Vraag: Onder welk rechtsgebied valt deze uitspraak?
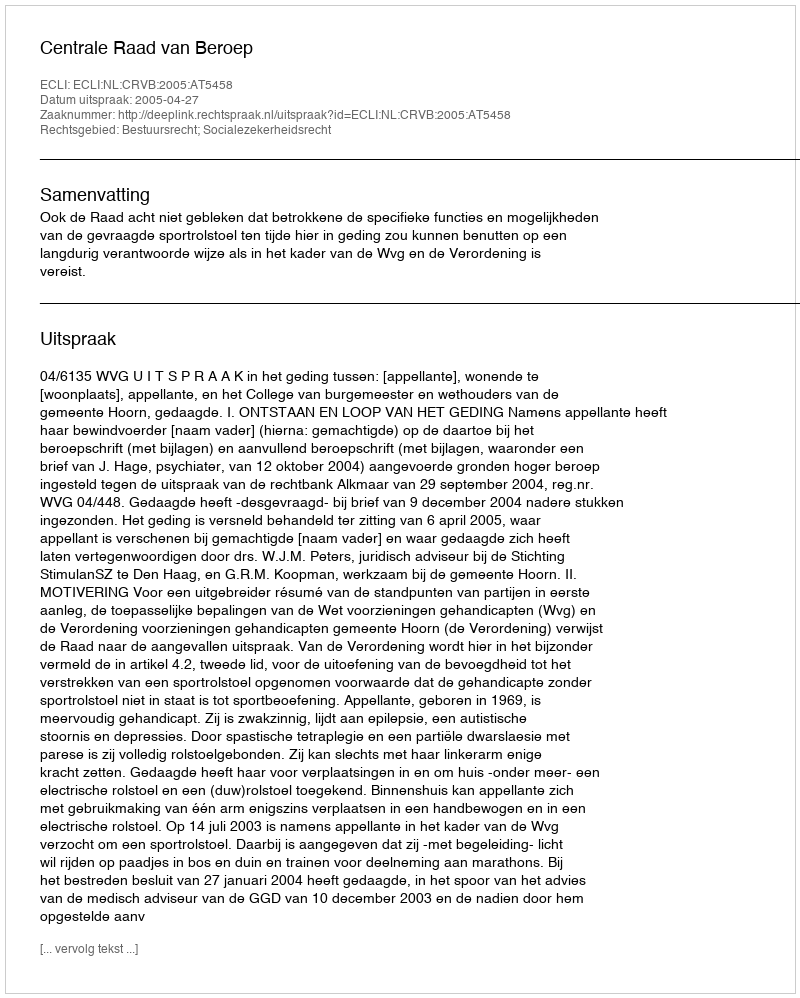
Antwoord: Bestuursrecht; Socialezekerheidsrecht